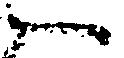
一